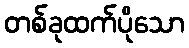
တစ်ခုထက်ပိုသော